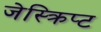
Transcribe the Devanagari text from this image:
जेस्क्रिप्ट